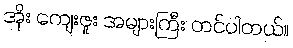
အိုး ကျေးဇူး အများကြီး တင်ပါတယ်။